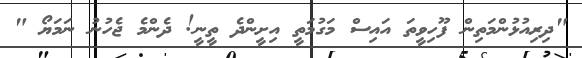
"ދިރިއުޅުންމަތިން ފޫހިވީތަ އައިސް މަގުމަތީ އިށީންދެ ތީނީ! ދެންމެ ޖެހުނު ނަމަޔޯ "